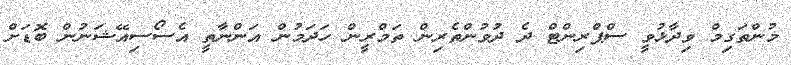
މުންތަގިމް ވިދާޅުވީ ސްޕްރިންޓް ދެ ދުވުންތެރިން ތަމްރީން ހަދަމުން އަންނާތީ އެސޯސިއޭޝަނުން ބޮޑަށް